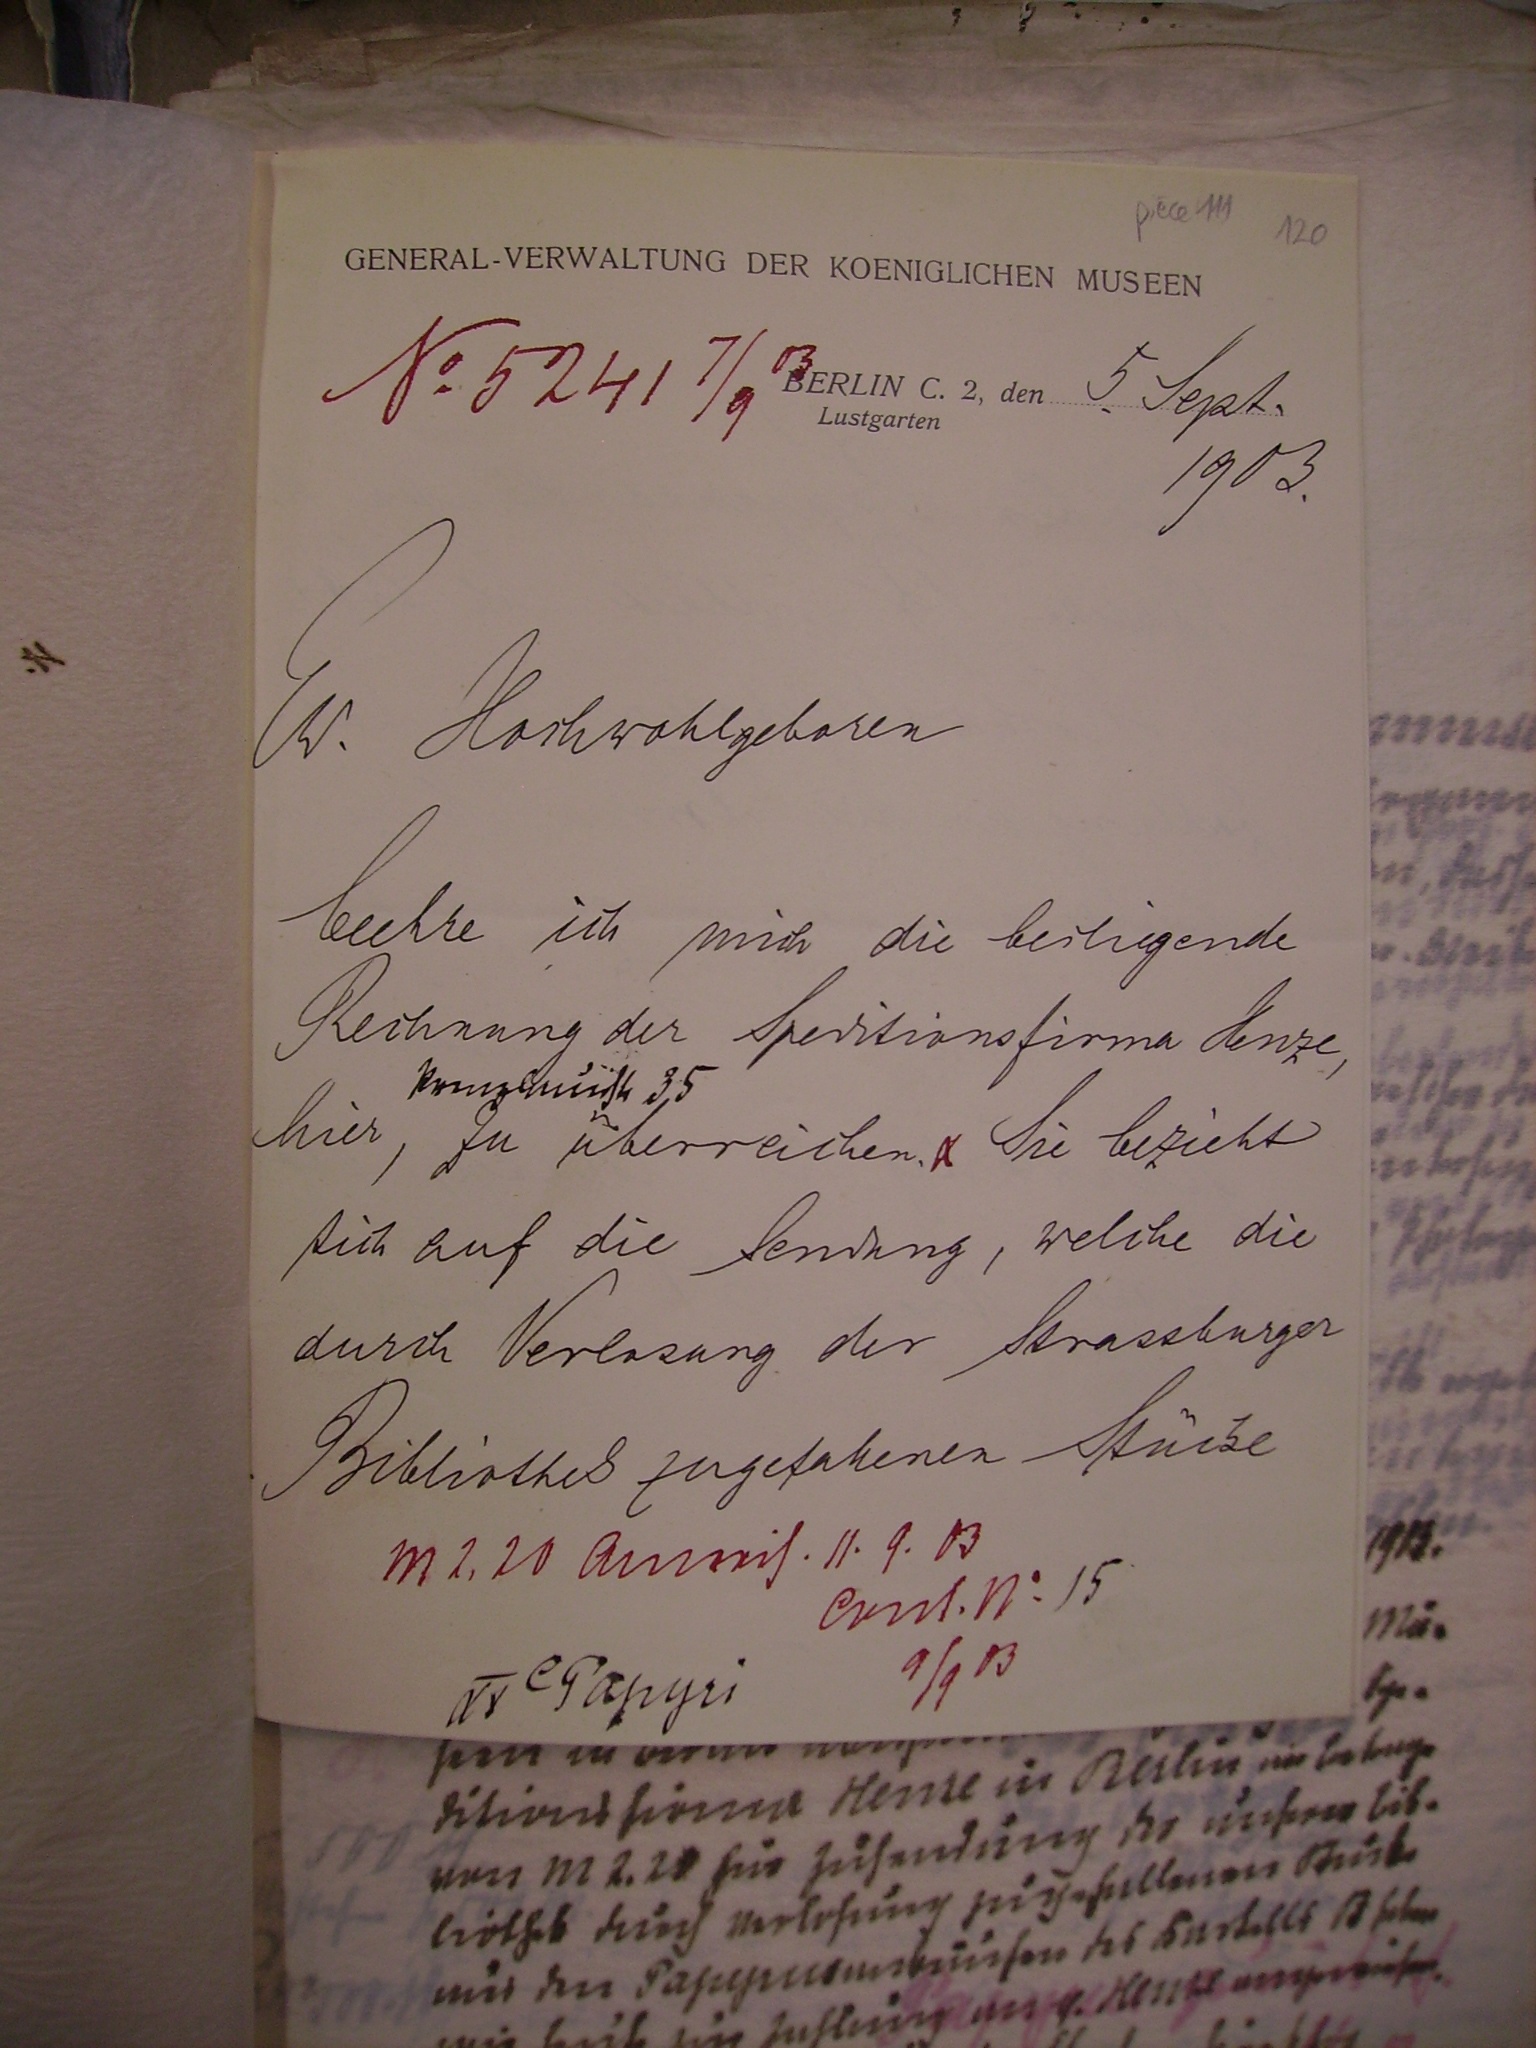
No 5241 7/9 03
5. Sept.

1903

Ew. Hochwohlgeboren
beehre ich mich die beiliegende
Rechnung der Speditionsfirma Henze,
hier, zu überreichen. Sie bezieht
sich auf die Sendug, welche die
durch Vererzung der Strassburger
Bibliothek zugefahrenen Stücke